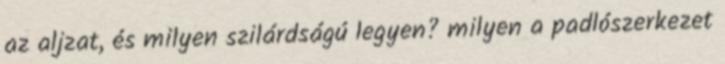
az aljzat, és milyen szilárdságú legyen? milyen a padlószerkezet